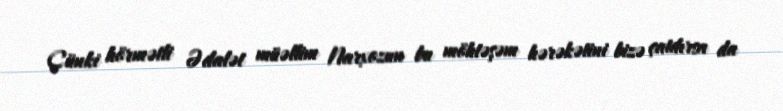
Çünki hörmətli Ədalət müəllim Narxozun bu möhtəşəm hərəkətini bizə çatdırsa da